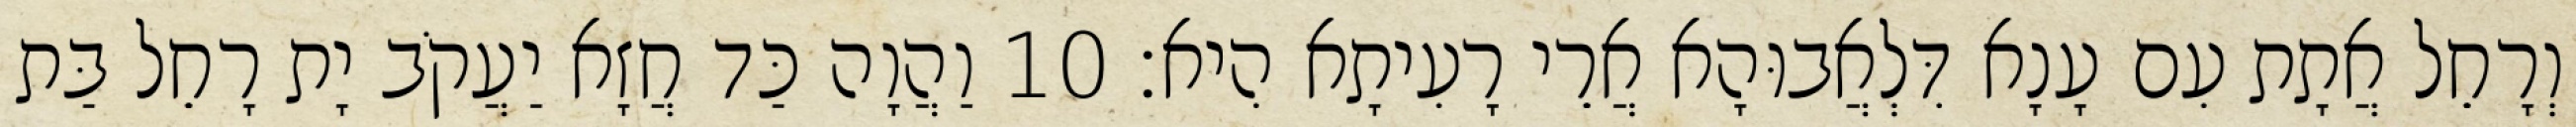
וְרָחֵל אֲתָת עִם עָנָא דִּלְאֲבוּהָא אֲרֵי רָעִיתָא הִיא׃ 10 וַהֲוָה כַּד חֲזָא יַעֲקֹב יָת רָחֵל בַּת